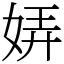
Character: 㛞